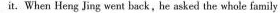
it. When Heng Jing went back,he asked the whole family